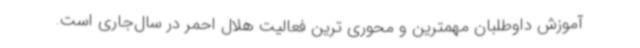
آموزش داوطلبان مهمترین و محوری ترین فعالیت هلال احمر در سال‌جاری است.